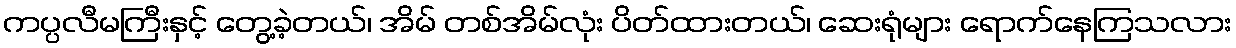
ကပ္ပလီမကြီးနှင့် တွေ့ခဲ့တယ်၊ အိမ် တစ်အိမ်လုံး ပိတ်ထားတယ်၊ ဆေးရုံများ ရောက်နေကြသလား